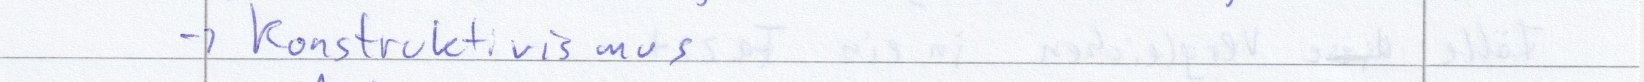
-> Konstruktivismus